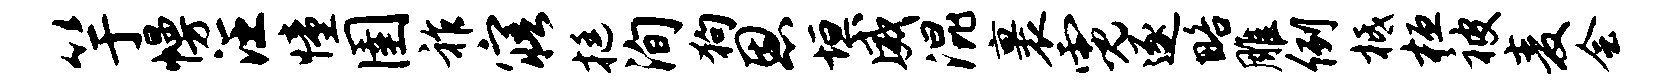
竽幔汪憧圉祚寤挺洵狗恩垣威混裹霓逐略雕例柢桓被麦会